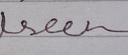
Signature authenticity: genuine